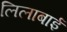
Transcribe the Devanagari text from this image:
लिलाबाई